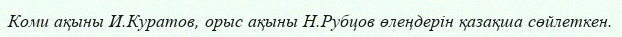
Коми ақыны И.Куратов, орыс ақыны Н.Рубцов өлеңдерін қазақша сөйлеткен.